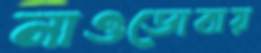
নাওডোবায়